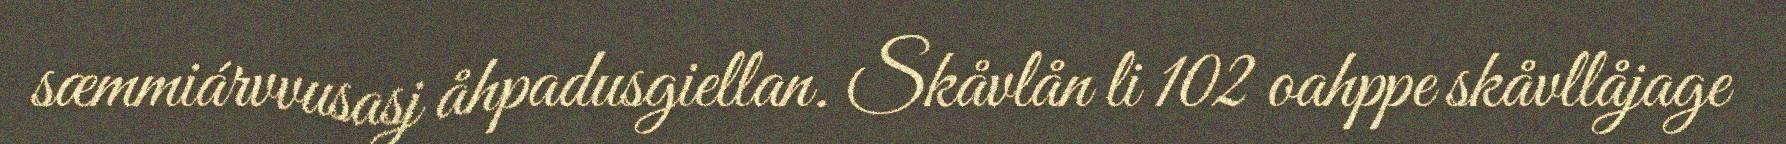
sæmmiárvvusasj åhpadusgiellan. Skåvlån li 102 oahppe skåvllåjage